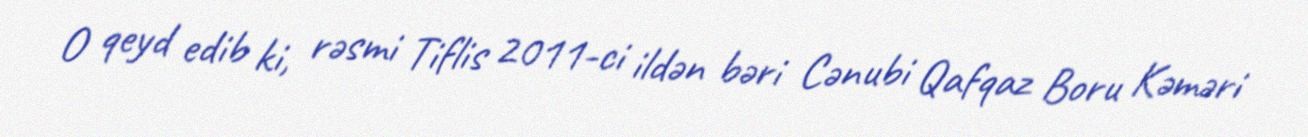
O qeyd edib ki, rəsmi Tiflis 2011-ci ildən bəri Cənubi Qafqaz Boru Kəməri